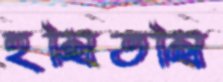
হম্বিতম্বি